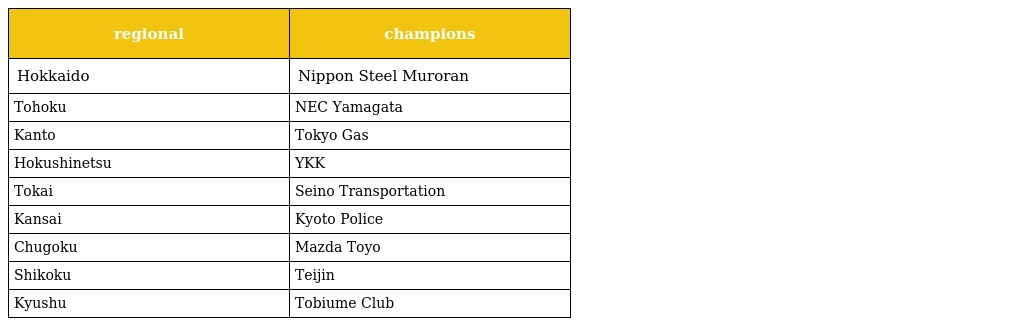
| regional | champions |
 | --- | --- |
 | Hokkaido | Nippon Steel Muroran |
 | Tohoku | NEC Yamagata |
 | Kanto | Tokyo Gas |
 | Hokushinetsu | YKK |
 | Tokai | Seino Transportation |
 | Kansai | Kyoto Police |
 | Chugoku | Mazda Toyo |
 | Shikoku | Teijin |
 | Kyushu | Tobiume Club |